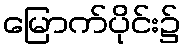
မြောက်ပိုင်း၌